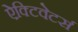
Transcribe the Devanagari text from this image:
ऐक्टिवेटर्स